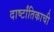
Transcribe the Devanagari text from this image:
दार्ष्टांतिकाची